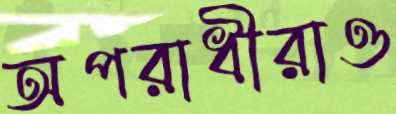
অপরাধীরাও